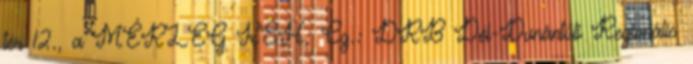
tér 12., a MÉRLEG KSH: Cg.: DRB Dél-Dunántúli Regionális